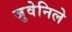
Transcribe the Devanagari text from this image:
जुवेनिले